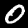
Digit: 0